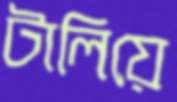
টালিয়ে